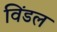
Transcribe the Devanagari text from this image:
विंडल